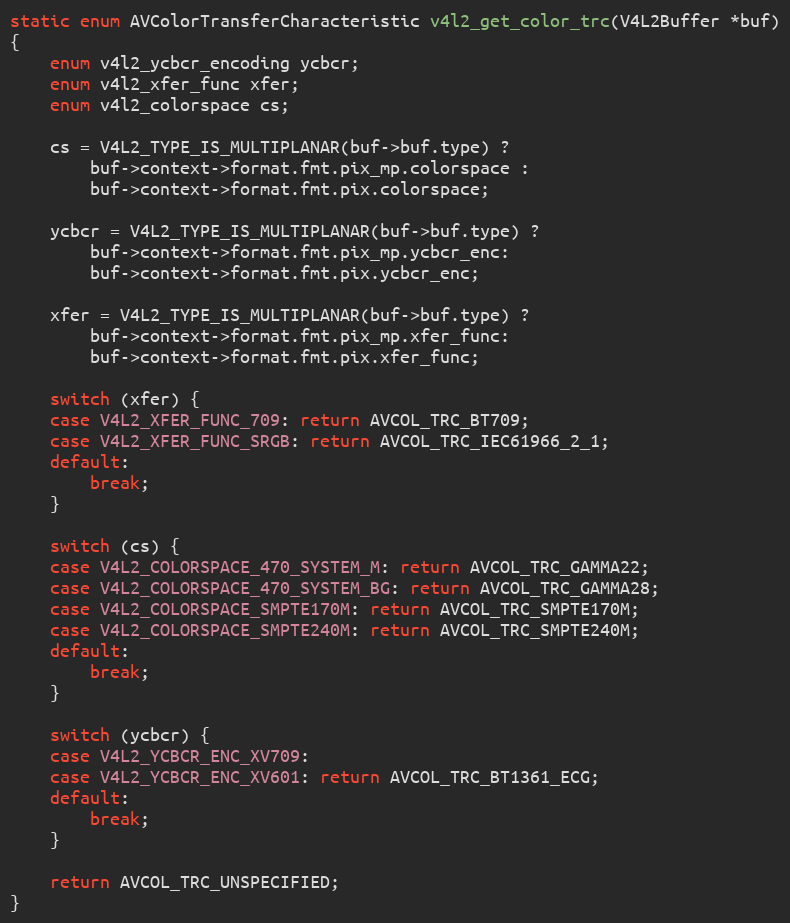
Language: C
static enum AVColorTransferCharacteristic v4l2_get_color_trc(V4L2Buffer *buf)
{
    enum v4l2_ycbcr_encoding ycbcr;
    enum v4l2_xfer_func xfer;
    enum v4l2_colorspace cs;

    cs = V4L2_TYPE_IS_MULTIPLANAR(buf->buf.type) ?
        buf->context->format.fmt.pix_mp.colorspace :
        buf->context->format.fmt.pix.colorspace;

    ycbcr = V4L2_TYPE_IS_MULTIPLANAR(buf->buf.type) ?
        buf->context->format.fmt.pix_mp.ycbcr_enc:
        buf->context->format.fmt.pix.ycbcr_enc;

    xfer = V4L2_TYPE_IS_MULTIPLANAR(buf->buf.type) ?
        buf->context->format.fmt.pix_mp.xfer_func:
        buf->context->format.fmt.pix.xfer_func;

    switch (xfer) {
    case V4L2_XFER_FUNC_709: return AVCOL_TRC_BT709;
    case V4L2_XFER_FUNC_SRGB: return AVCOL_TRC_IEC61966_2_1;
    default:
        break;
    }

    switch (cs) {
    case V4L2_COLORSPACE_470_SYSTEM_M: return AVCOL_TRC_GAMMA22;
    case V4L2_COLORSPACE_470_SYSTEM_BG: return AVCOL_TRC_GAMMA28;
    case V4L2_COLORSPACE_SMPTE170M: return AVCOL_TRC_SMPTE170M;
    case V4L2_COLORSPACE_SMPTE240M: return AVCOL_TRC_SMPTE240M;
    default:
        break;
    }

    switch (ycbcr) {
    case V4L2_YCBCR_ENC_XV709:
    case V4L2_YCBCR_ENC_XV601: return AVCOL_TRC_BT1361_ECG;
    default:
        break;
    }

    return AVCOL_TRC_UNSPECIFIED;
}